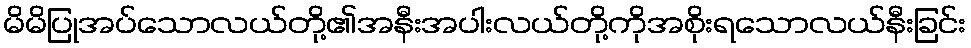
မိမိပြုအပ်သောလယ်တို့၏အနီးအပါးလယ်တို့ကိုအစိုးရသောလယ်နီးခြင်း